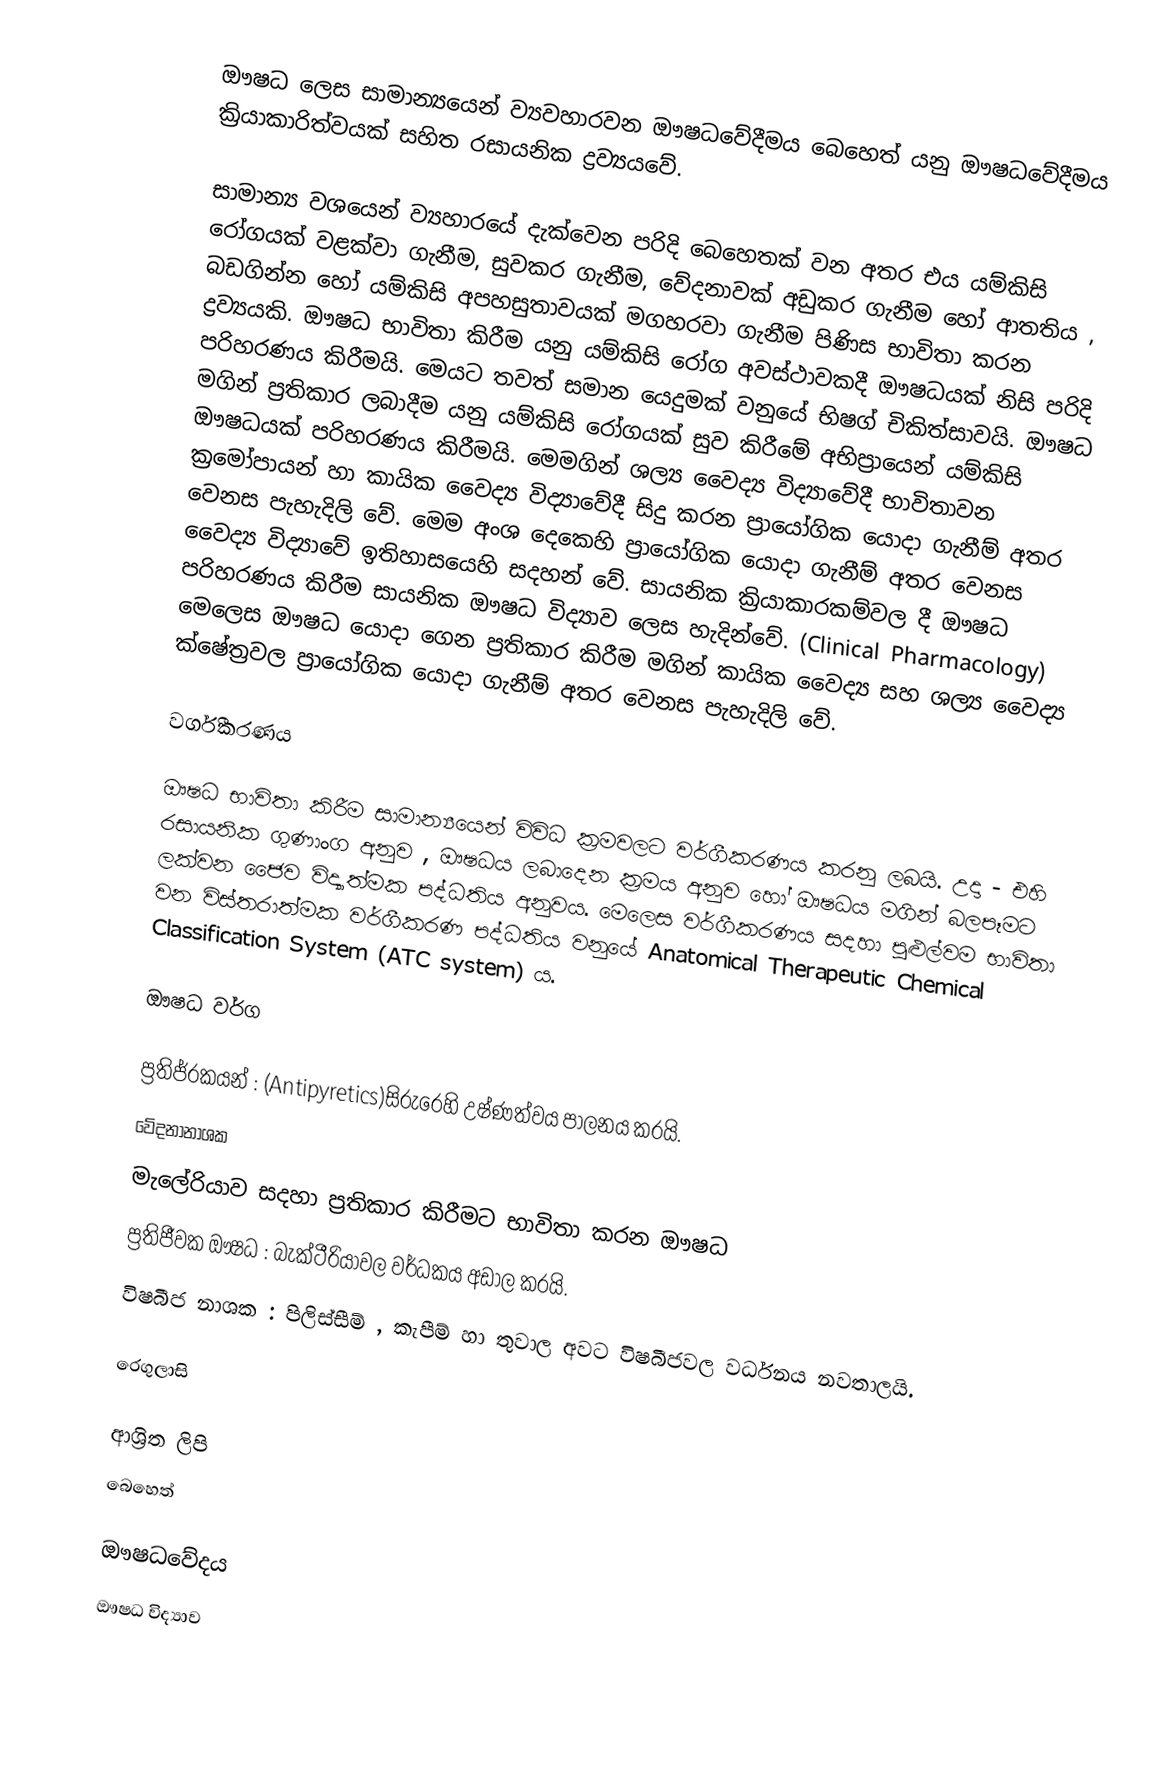
ඖෂධ ලෙස සාමාන්‍යයෙන් ව්‍යවහාරවන ඖෂධවේදීමය බෙහෙත් යනු ඖෂධවේදීමය ක්‍රියාකාරිත්වයක් සහිත රසායනික ද්‍රව්‍යයවේ.

සාමාන්‍ය වශයෙන් ව්‍යහාරයේ දැක්වෙන පරිදි බෙහෙතක් වන අතර එය යම්කිසි රෝගයක් වළක්වා ගැනීම, සුවකර ගැනීම, වේදනාවක් අඩුකර ගැනීම හෝ ආතතිය , බඩගින්න හෝ යම්කිසි අපහසුතාවයක් මගහරවා ගැනීම පිණිස භාවිතා කරන ද්‍රව්‍යයකි. ඖෂධ භාවිතා කිරීම යනු යම්කිසි රෝග අවස්ථාවකදී ඖෂධයක් නිසි පරිදි පරිහරණය කිරීමයි. මෙයට තවත් සමාන යෙදුමක් වනුයේ භිෂග් චිකිත්සාවයි. ඖෂධ මගින් ප්‍රතිකාර ලබාදීම යනු යම්කිසි රෝගයක් සුව කිරීමේ අභිප්‍රායෙන් යම්කිසි ඖෂධයක් පරිහරණය කිරීමයි. මෙමගින් ශල්‍ය වෛද්‍ය විද්‍යාවේදී භාවිතාවන ක්‍රමෝපායන් හා කායික වෛද්‍ය විද්‍යාවේදී සිදු කරන ප්‍රායෝගික යොදා ගැනීම් අතර වෙනස පැහැදිලි වේ. මෙම අංශ දෙකෙහි ප්‍රායෝගික යොදා ගැනීම් අතර වෙනස වෛද්‍ය විද්‍යාවේ ඉතිහාසයෙහි සදහන් වේ. සායනික ක්‍රියාකාරකම්වල දී ඖෂධ පරිහරණය කිරීම සායනික ඖෂධ විද්‍යාව ලෙස හැදින්වේ. (Clinical Pharmacology) මෙලෙස ඖෂධ යොදා ගෙන ප්‍රතිකාර කිරීම මගින් කායික වෛද්‍ය සහ ශල්‍ය වෛද්‍ය ක්ෂේත්‍රවල ප්‍රායෝගික යොදා ගැනීම් අතර වෙනස පැහැදිලි වේ.

වර්ගීකරණය

ඖෂධ භාවිතා කිරීම සාමාන්‍යයෙන් විවිධ ක්‍රමවලට වර්ගීකරණය කරනු ලබයි. උදා - එහි රසායනික ගුණාංග අනුව , ඖෂධය ලබාදෙන ක්‍රමය අනුව හෝ ඖෂධය මගින් බලපෑමට ලක්වන ජෛව විද්‍යාත්මක පද්ධතිය අනුවය. මෙලෙ‍ස වර්ගීකරණය සදහා පුළුල්වම භාවිතා වන විස්තරාත්මක වර්ගීකරණ පද්ධතිය වනුයේ Anatomical Therapeutic Chemical Classification System (ATC system) ය.

ඖෂධ වර්ග

	ප්‍රතිජ්රකයන් : (Antipyretics)සිරුරෙහි උෂ්ණත්වය පාලනය කරයි.
	වේදනානාශක
	මැලේරියාව සදහා ප්‍රතිකාර කිරීමට භාවිතා කරන ඖෂධ
	ප්‍රතිජීවක ඖෂධ : බැක්ටීරියාවල වර්ධකය අඩාල කරයි.
	විෂබීජ නාශක : පිලිස්සීම් , කැපීම් හා තුවාල අවට විෂබීජවල වර්ධනය නවතාලයි.

රෙගුලාසි

ආශ්‍රිත ලිපි
 බෙහෙත්

ඖෂධවේදය
ඖෂධ විද්‍යාව